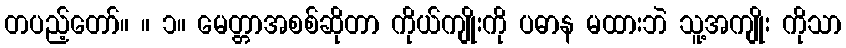
တပည့်တော်။ ။ ၁။ မေတ္တာအစစ်ဆိုတာ ကိုယ်ကျိုးကို ပဓာန မထားဘဲ သူ့အကျိုး ကိုသာ